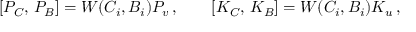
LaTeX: { } [ P _ { C } , \, P _ { B } ] = W ( C _ { i } , B _ { i } ) P _ { v } \, , \qquad [ K _ { C } , \, K _ { B } ] = W ( C _ { i } , B _ { i } ) K _ { u } \, ,